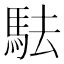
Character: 䮃